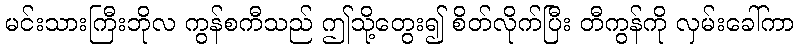
မင်းသားကြီးဘိုလ ကွန်စကီသည် ဤသို့တွေး၍ စိတ်လိုက်ပြီး တီကွန်ကို လှမ်းခေါ်ကာ